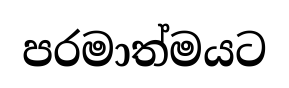
පරමාත්මයට